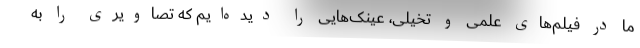
ما در فیلم‌های علمی و تخیلی، عینک‌هایی را دیده‌ایم که تصاویری را به